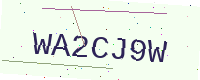
Text: WA2CJ9W